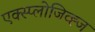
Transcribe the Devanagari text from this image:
एक्स्प्लोजिव्ह्ज